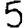
Digit: 5